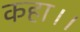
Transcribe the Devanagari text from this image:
कहा।।